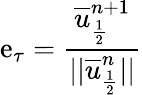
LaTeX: \mathrm{e}_{\tau}=\frac{{\overline{{{u}}}_{\frac{{1}}{{2}}}^{n+1}}}{{||\overline{{{u}}}_{\frac{{1}}{{2}}}^{n}||}}